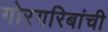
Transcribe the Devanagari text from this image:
गोरगरिबांची